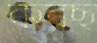
করছ